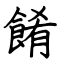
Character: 餚